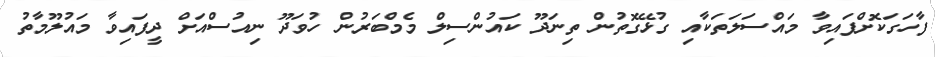
ފާހަގަކޮށްފައިވާ މައްސަލަތަކާއި ގުޅޭގޮތުން ތިނަދޫ ކައުންސިލް މެމްބަރުން ހުވަދޫ ނިއުސްއަށް ދީފައިވާ މައުލޫމާތު